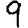
Digit: 9